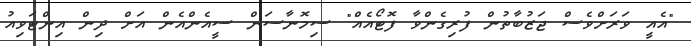
"އެއީ ވަރަށްވެސް ޖަޒުބާތުން ފުރިގެންވާ ފޮޓޯއެއް" ސިމޮނާސަން ސީއެންއެން އަށް ދިން އިންޓަވިއު